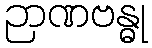
ဉာဏဗန္ဓု